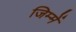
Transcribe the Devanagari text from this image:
जिम्‍में